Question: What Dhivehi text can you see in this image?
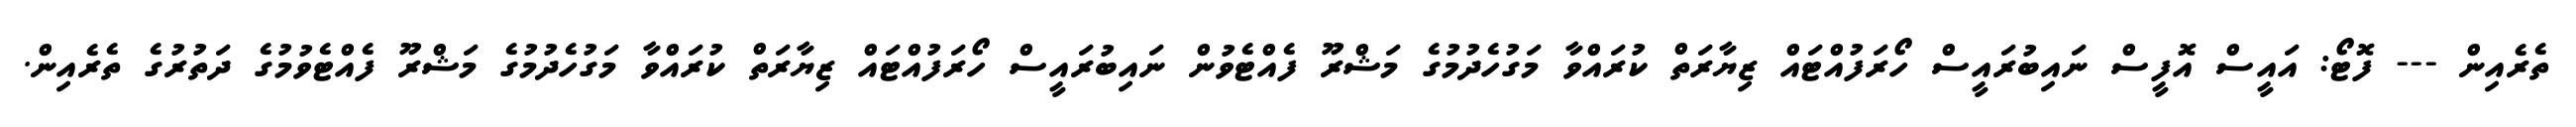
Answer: ތެރެއިން --- ފޮޓޯ: އައީސް އޮފީސް ނައިބުރައީސް ހޯރަފުއްޓައް ޒިޔާރަތް ކުރައްވާ މަގުހެދުމުގެ މަޝްރޫ ފެއްޓެވުން ނައިބުރައީސް ހޯރަފުއްޓައް ޒިޔާރަތް ކުރައްވާ މަގުހެދުމުގެ މަޝްރޫ ފެއްޓެވުމުގެ ދަތުރުގެ ތެރެއިން.